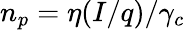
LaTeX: n_{p}=\eta(I/q)/\gamma_{c}